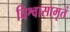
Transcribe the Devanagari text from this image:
विश्वासामृतं